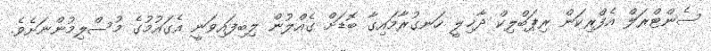
ސެންޓްރަލް އެފްރިކަން ރިޕަބްލިކް ދާޚިލީ ހަނގުރާމައިގާ ބޮޑަށް ގެއްލުން ލިބިފައިވަނީ އެގައުމުގެ މުސްލިމުންނަށެވެ.